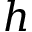
h